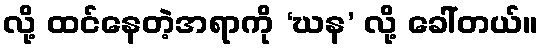
လို့ ထင်နေတဲ့အရာကို ‘ဃန’ လို့ ခေါ်တယ်။